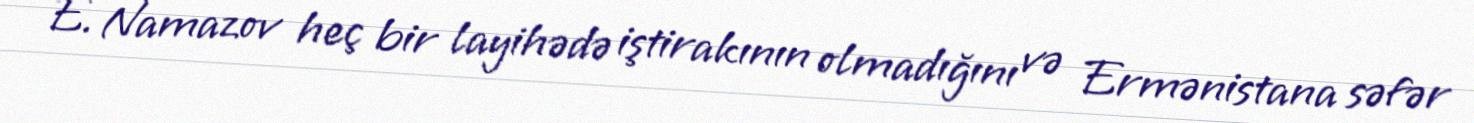
E. Namazov heç bir layihədə iştirakının olmadığını və Ermənistana səfər